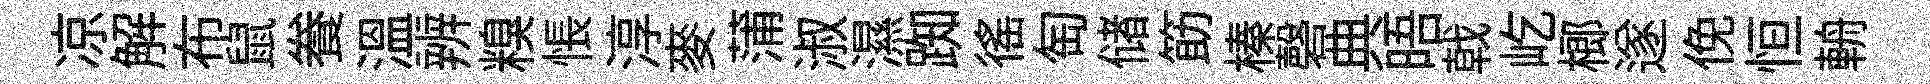
凉解布鼠飬温辨糗悵淳麥蒲淑濕踟徭匋储筯榛磬典晤戟屹榔遂俛恒輈